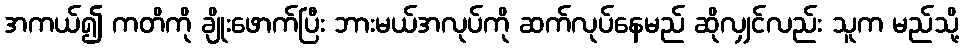
အကယ်၍ ကတိကို ချိုးဖောက်ပြီး ဘားမယ်အလုပ်ကို ဆက်လုပ်နေမည် ဆိုလျှင်လည်း သူက မည်သို့